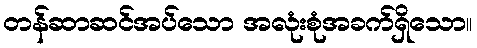
တန်ဆာဆင်အပ်သော အလုံးစုံအခက်ရှိသော။